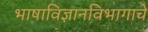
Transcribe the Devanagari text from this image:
भाषाविज्ञानविभागाचे